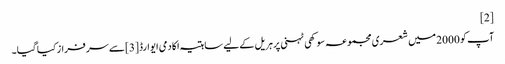
[2]
آپ کو 2000 میں شعری مجموعہ سوکھی ٹہنی پر ہریل کے لیے ساہتیہ اکادمی ایوارڈ [3]سے سرفراز کیا گیا۔